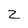
Character: Z